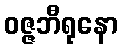
ဝဇ္ဇဘီရုနော